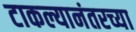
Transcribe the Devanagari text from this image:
टाकल्यानंतरच्या